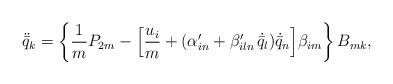
LaTeX: \begin{align*} \ddot{\bar{q}}_k = \left\{ \frac{1}{m} P_{2 m} - \Big[ \frac{u_i}{m} + (\alpha'_{in} + \beta'_{iln} \, \dot{\bar{q}}_l) \dot{\bar{q}}_n \Big] \beta_{im} \right\} B_{mk} ,\end{align*}